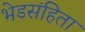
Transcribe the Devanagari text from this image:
भेडसंहिता